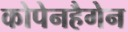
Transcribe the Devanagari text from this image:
कोपेनहैगेन